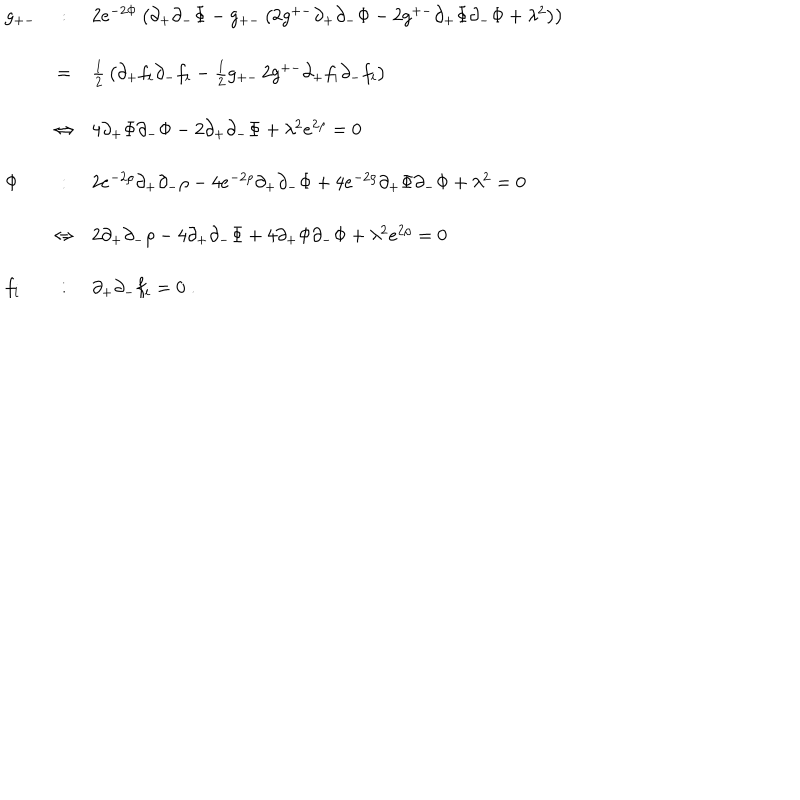
\begin{array} { l c l } { { g _ { + - } } } & { { : } } & { { 2 e ^ { - 2 \Phi } \left( \partial _ { + } \partial _ { - } \Phi - g _ { + - } \left( 2 g ^ { + - } \partial _ { + } \partial _ { - } \Phi - 2 g ^ { + - } \partial _ { + } \Phi \partial _ { - } \Phi + \lambda ^ { 2 } \right) \right) } } \\ { { \ } } & { { = } } & { { { \frac { 1 } { 2 } } \left( \partial _ { + } f _ { i } \partial _ { - } f _ { i } - { \frac { 1 } { 2 } } g _ { + - } \, 2 g ^ { + - } \partial _ { + } f _ { i } \partial _ { - } f _ { i } \right) } } \\ { { \ } } & { { \Leftrightarrow } } & { { 4 \partial _ { + } \Phi \partial _ { - } \Phi - 2 \partial _ { + } \partial _ { - } \Phi + \lambda ^ { 2 } e ^ { 2 \rho } = 0 } } \\ { { \Phi } } & { { : } } & { { 2 e ^ { - 2 \rho } \partial _ { + } \partial _ { - } \rho - 4 e ^ { - 2 \rho } \partial _ { + } \partial _ { - } \Phi + 4 e ^ { - 2 \rho } \partial _ { + } \Phi \partial _ { - } \Phi + \lambda ^ { 2 } = 0 } } \\ { { \ } } & { { \Leftrightarrow } } & { { 2 \partial _ { + } \partial _ { - } \rho - 4 \partial _ { + } \partial _ { - } \Phi + 4 \partial _ { + } \Phi \partial _ { - } \Phi + \lambda ^ { 2 } e ^ { 2 \rho } = 0 } } \\ { { f _ { i } } } & { { : } } & { { \partial _ { + } \partial _ { - } f _ { i } = 0 \; . } } \\ \end{array}